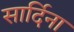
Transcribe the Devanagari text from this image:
सार्दिना